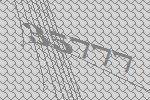
35777